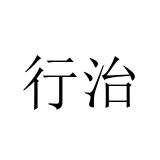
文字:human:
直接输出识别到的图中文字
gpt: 行治